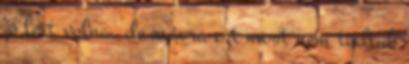
jó lett volna, de másra ezt most nem tudtuk